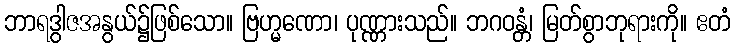
ဘာရဒွါဇအနွယ်၌ဖြစ်သော။ ဗြဟ္မဏော၊ ပုဏ္ဏားသည်။ ဘဂဝန္တံ၊ မြတ်စွာဘုရားကို။ ဧတံ